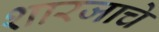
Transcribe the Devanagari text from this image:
शारजाचे